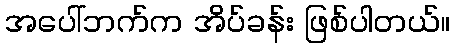
အပေါ်ဘက်က အိပ်ခန်း ဖြစ်ပါတယ်။